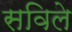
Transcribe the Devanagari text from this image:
सविले